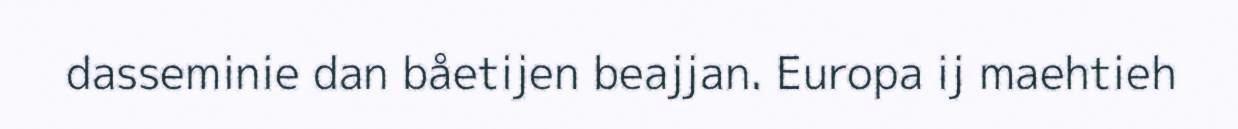
dasseminie dan båetijen beajjan. Europa ij maehtieh